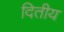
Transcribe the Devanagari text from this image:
दितीय